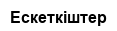
Ескеткіштер